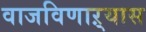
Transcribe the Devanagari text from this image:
वाजविणाऱ्यास